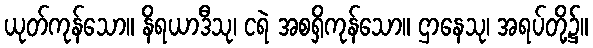
ယုတ်ကုန်သော။ နိရယာဒီသု၊ ငရဲ အစရှိကုန်သော။ ဌာနေသု၊ အရပ်တို့၌။